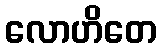
လောဟိတေ